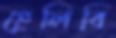
হেলিবি